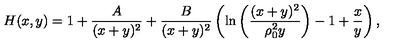
H ( x , y ) = 1 + { \frac { A } { ( x + y ) ^ { 2 } } } + { \frac { B } { ( x + y ) ^ { 2 } } } \left( \mathrm { l n } \left( { \frac { ( x + y ) ^ { 2 } } { \rho _ { 0 } ^ { 2 } y } } \right) - 1 + { \frac { x } { y } } \right) ,